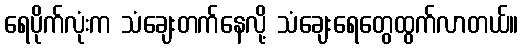
ရေပိုက်လုံးက သံချေးတက်နေလို့ သံချေးရေတွေထွက်လာတယ်။